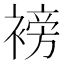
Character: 𮖧